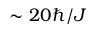
\sim 2 0 \hbar / J